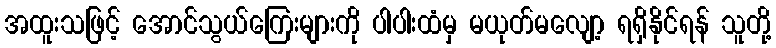
အထူးသဖြင့် အောင်သွယ်ကြေးများကို ပါပါးထံမှ မယုတ်မလျော့ ရရှိနိုင်ရန် သူတို့